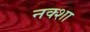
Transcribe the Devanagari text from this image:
नक्‍शा